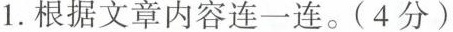
1.根据文章内容连一连。(4分)